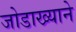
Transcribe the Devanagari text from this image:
जोडाख्याने